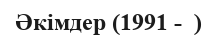
Әкімдер (1991 -  )